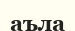
аъла